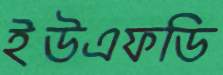
ইউএফডি